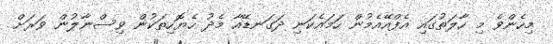
މިހެންވެ މި ހާލަތުގައި އެފްއޭއެމުން ހަމައެކަނި ދަގަނޑޭއާ މެދު ހެޔޮހިތަކުން ވިސްނާލުން ވަރަށް